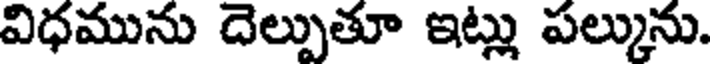
విధమును దెల్పుతూ ఇట్లు పల్కును.